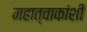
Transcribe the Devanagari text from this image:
महात्वाकांशी